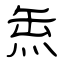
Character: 缹